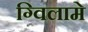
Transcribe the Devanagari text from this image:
ग्विलामे